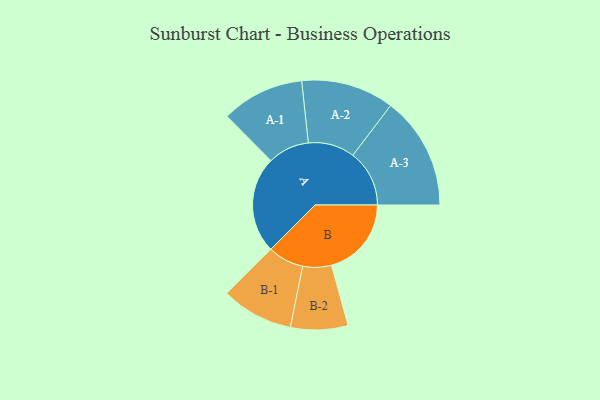
{"axis": {"x": "Segment", "y": "Value"}, "legend": ["", "A", "B"], "data": [{"x": "A", "y": 499, "type": ""}, {"x": "B", "y": 413, "type": ""}, {"x": "A-1", "y": 214, "type": "A"}, {"x": "A-2", "y": 240, "type": "A"}, {"x": "A-3", "y": 292, "type": "A"}, {"x": "B-1", "y": 186, "type": "B"}, {"x": "B-2", "y": 148, "type": "B"}]}